Vaccination Hyderabad 1872-1889 - 1872-1889
Year: 1872
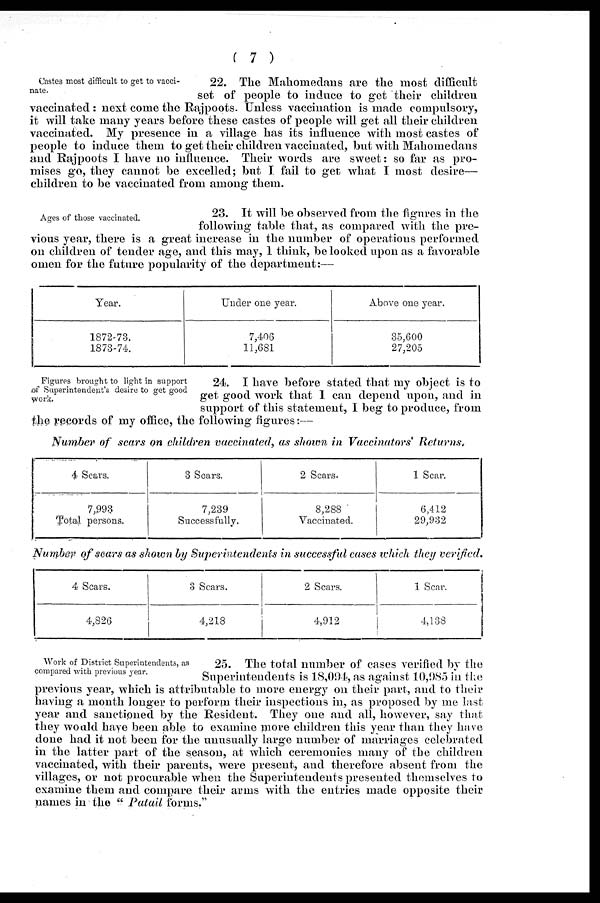
( 7 )
Castes most difficult to get to vacci-
nate.
22. The Mahomedans are the most difficult
set of people to induce to get their children
vaccinated : next come the Rajpoots. Unless vaccination is made compulsory,
it will take many years before these castes of people will get all their children
vaccinated. My presence in a village has its influence with most castes of
people to induce them to get their children vaccinated, but with Mahomedans
and Rajpoots I have no influence. Their words are sweet: so far as pro-
mises go, they cannot be excelled; but I fail to get what I most desire—
children to be vaccinated from among them.
Ages of those vaccinated.
23. It will be observed from the figures in the
following table that, as compared with the pre-
vious year, there is a great increase in the number of operations performed
on children of tender age, and this may, I think, be looked upon as a favorable
omen for the future popularity of the department:—
Year.
1872-73.
1873-74.
Under one year.
7,406
11,681
Above one year.
35,600
27,205
Figures brought to light in support
of Superintendent's desire to get good
work.
24. I have before stated that my object is to
get good work that I can depend upon, and in
support of this statement, I beg to produce, from
the records of my office, the following figures :—
Number of scars on children vaccinated, as shown in Vaccinators' Returns.
4 Scars,
7,993
Total persons.
3 Soars.
7,239
Successfully,
2 Scars.
8,288
Vaccinated.
1 Scar.
6,412
29,932
Number of scars as shown by Superintendents in successful cases which they verified.
4 Scars.
4,826
3 Scars.
4,218
2 Scars.
4,912
1 Scar.
4,138
Work of District Superintendents, as
compared with previous year.
25. The total number of cases verified by the
Superintendents is 18,004, as against 10,985 in the
previous year, which is attributable to more energy on their part, and to their
having a month longer to perform their inspections in, as proposed by me last
year and sanctioned by the Resident. They one and all, however, say that
they would have been able to examine more children this year than they have
done had it not been for the unusually large number of marriages celebrated
in the latter part of the season, at which ceremonies many of the children
vaccinated, with their parents, were present, and therefore absent from the
villages, or not procurable when the Superintendents presented themselves to
examine them and compare their arms with the entries made opposite their
names in the " Patail forms."